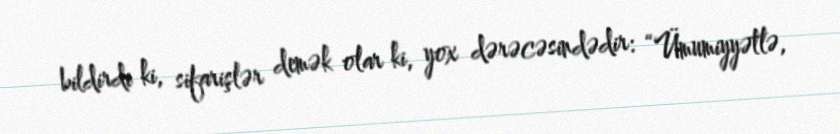
bildirdi ki, sifarişlər demək olar ki, yox dərəcəsindədir: “Ümumiyyətlə,